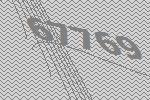
67769